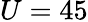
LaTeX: U=45